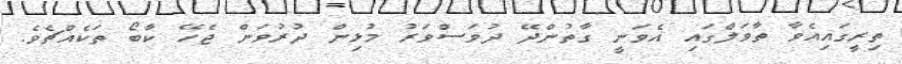
ތިރީގައިއެވާ ތާވަލްގައި އެވަނީ ގާތުންދޭ ދުވަސްވަރު މުޅިން ދުރުވަން ޖެހޭ ކާބޯ ތަކެއްޗެވެ.